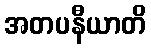
အတပနီယာတိ